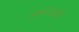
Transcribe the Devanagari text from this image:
जमशेठजी